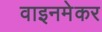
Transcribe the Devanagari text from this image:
वाइनमेकर